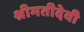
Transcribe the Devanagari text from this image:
श्रीमतीदेवी